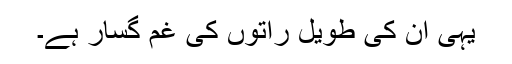
یہی ان کی طویل راتوں کی غم گسار ہے۔